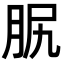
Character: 𦙷